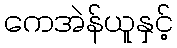
ကေအဲန်ယူနှင့်